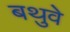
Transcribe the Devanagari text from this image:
बथुवे